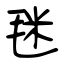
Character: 毩